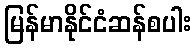
မြန်မာနိုင်ငံဆန်စပါး